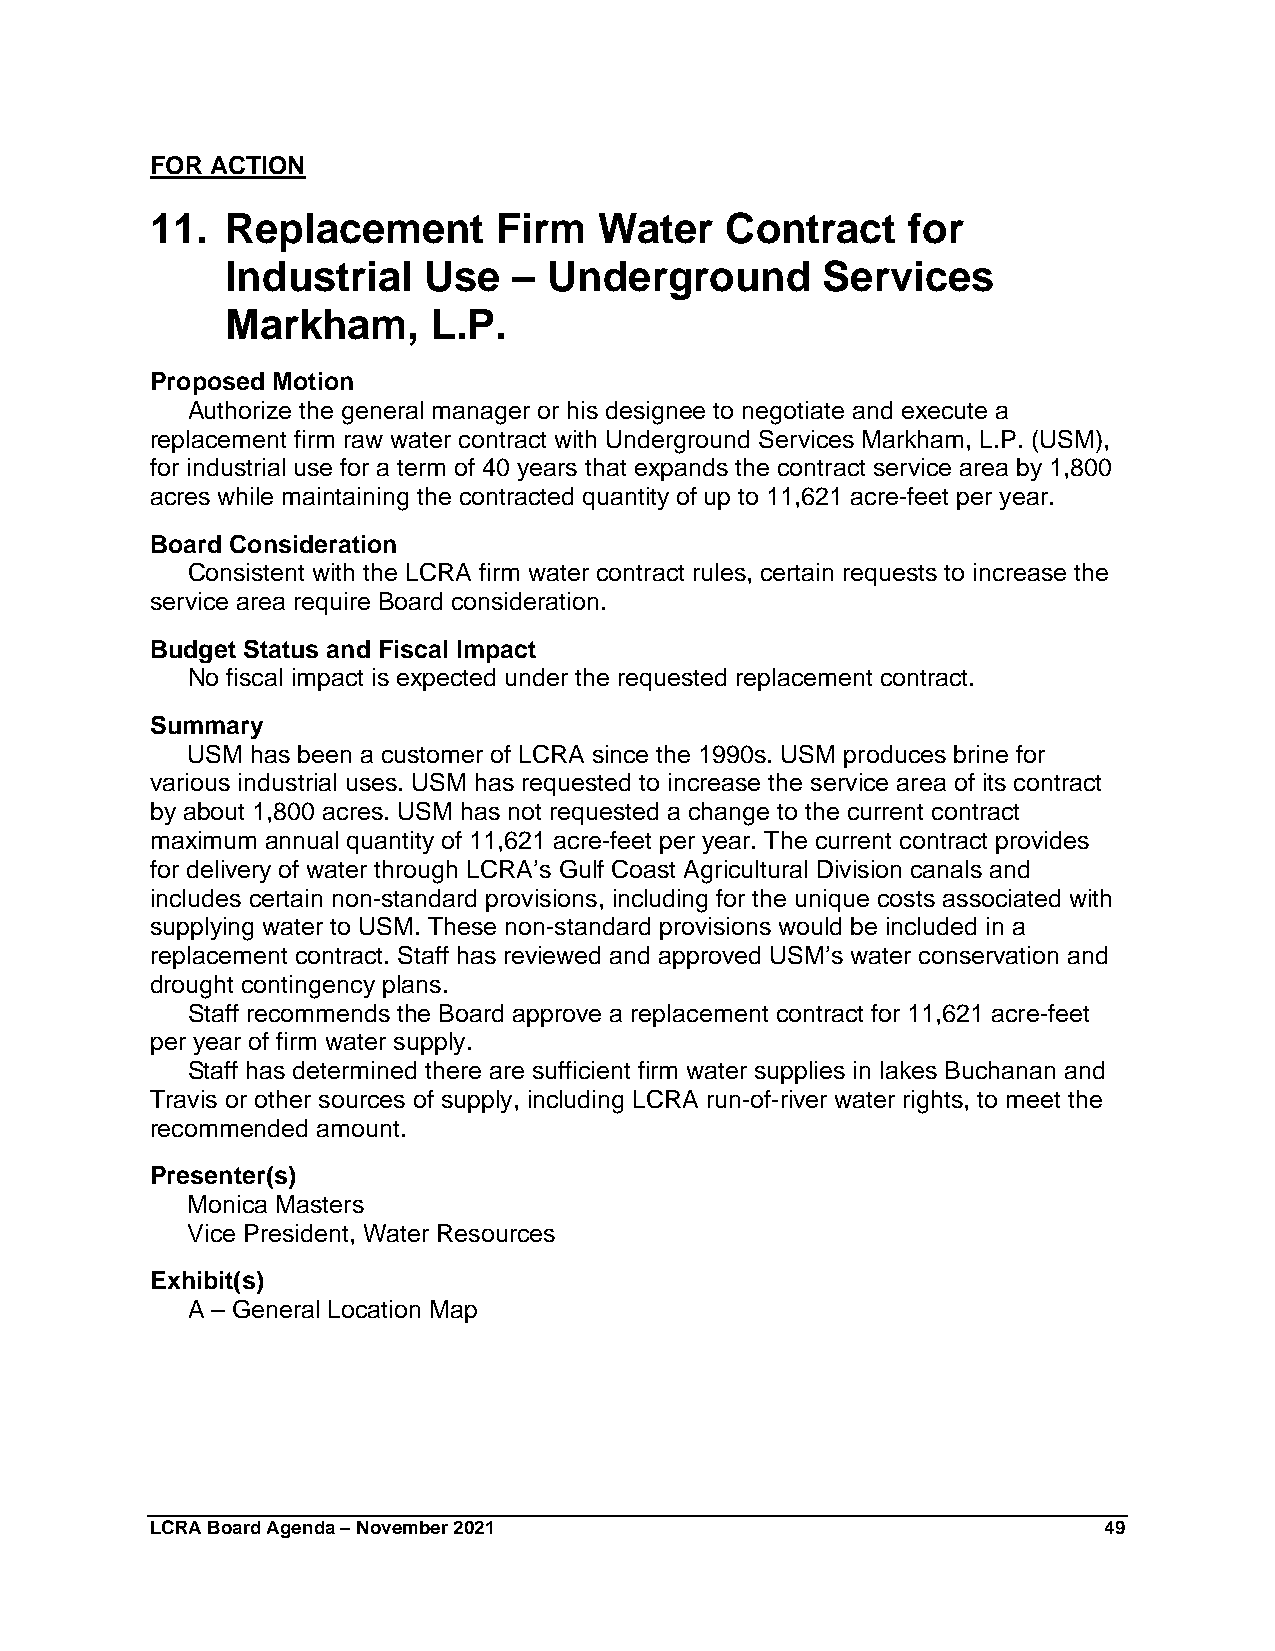
FOR ACTION
 11.  Replacement       Firm   Water   Contract    for
 Industrial   Use   – Underground       Services
 Markham,      L.P.
 Proposed Motion
 Authorize the general manager or his designee to negotiate and execute a
 replacement firm raw water contract with Underground Services Markham, L.P. (USM),
 for industrial use for a term of 40 years that expands the contract service area by 1,800
 acres while maintaining the contracted quantity of up to 11,621 acre-feet per year.
 Board Consideration
 Consistent with the LCRA firm water contract rules, certain requests to increase the
 service area require Board consideration.
 Budget Status and Fiscal Impact
 No fiscal impact is expected under the requested replacement contract.
 Summary
 USM  has been a customer of LCRA since the 1990s. USM produces brine for
 various industrial uses. USM has requested to increase the service area of its contract
 by about 1,800 acres. USM has not requested a change to the current contract
 maximum annual quantity of 11,621 acre-feet per year. The current contract provides
 for delivery of water through LCRA’s Gulf Coast Agricultural Division canals and
 includes certain non-standard provisions, including for the unique costs associated with
 supplying water to USM. These non-standard provisions would be included in a
 replacement contract. Staff has reviewed and approved USM’s water conservation and
 drought contingency plans.
 Staff recommends the Board approve a replacement contract for 11,621 acre-feet
 per year of firm water supply.
 Staff has determined there are sufficient firm water supplies in lakes Buchanan and
 Travis or other sources of supply, including LCRA run-of-river water rights, to meet the
 recommended amount.
 Presenter(s)
 Monica Masters
 Vice President, Water Resources
 Exhibit(s)
 A – General Location Map
 LCRA Board Agenda – November 2021                              49